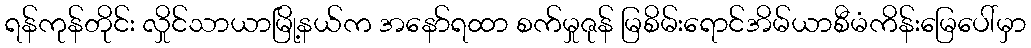
ရန်ကုန်တိုင်း လှိုင်သာယာမြို့နယ်က အနော်ရထာ စက်မှုဇုန် မြစိမ်းရောင်အိမ်ယာစီမံကိန်းမြေပေါ်မှာ